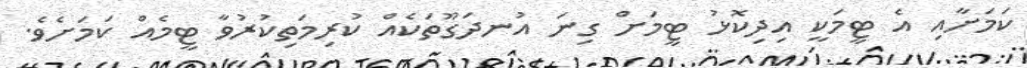
ކަމަށާއި އެ ޓީމަކީ އިދިކޮޅު ޓީމަށް ގިނަ އުނދަގޫތަކެއް ކުރިމަތިކުރުވާ ޓީމެއް ކަމަށެވެ.